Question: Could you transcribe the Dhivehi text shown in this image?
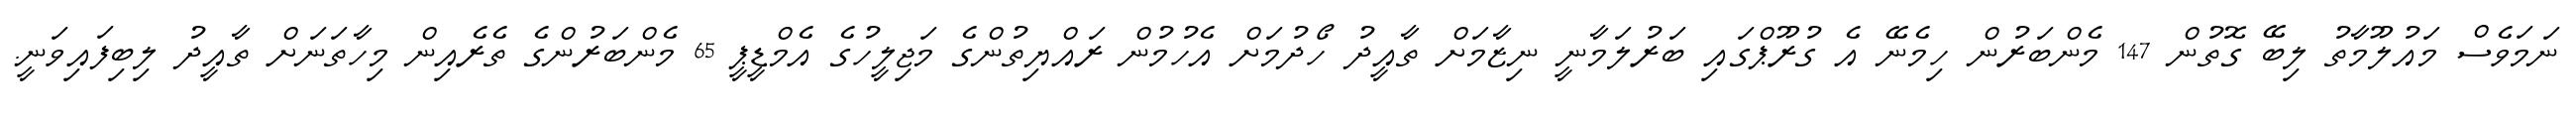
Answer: ނަމަވެސް މައުލޫމާތު ލިބޭ ގޮތުން 147 މެންބަރުން ހިމެނޭ އެ ގުރޫޕްގައި ބަރުލަމާނީ ނިޒާމަށް ތާއީދު ހޯދުމަށް އެހުމުން ރައްޔިތުންގެ މަޖިލީހުގެ އެމްޑީޕީ 65 މެންބަރުންގެ ތެރެއިން މިހާތަނަށް ތާއީދު ލިބިފައިވަނީ.